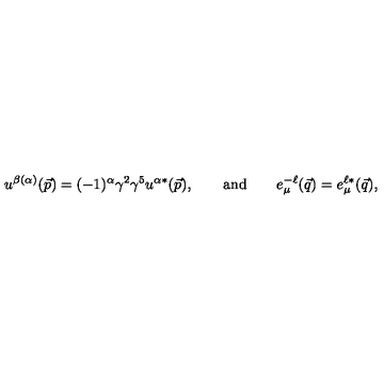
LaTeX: u ^ { \beta ( \alpha ) } ( \vec { p } ) = ( - 1 ) ^ { \alpha } \gamma ^ { 2 } \gamma ^ { 5 } u ^ { \alpha * } ( \vec { p } ) , \qquad \mathrm { a n d } \qquad e _ { \mu } ^ { - \ell } ( \vec { q } ) = e _ { \mu } ^ { \ell * } ( \vec { q } ) ,